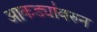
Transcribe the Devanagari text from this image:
आकड्यांवरुन